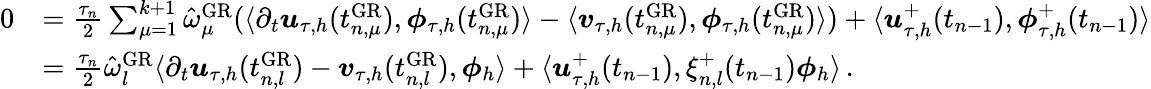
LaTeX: \begin{array}{rl}{0}&{=\frac{\tau_{n}}{2}\sum_{\mu=1}^{k+1}\hat{\omega}_{\mu}^{\mathrm{GR}}(\langle\partial_{t}\boldsymbol u_{\tau,h}(t_{n,\mu}^{\mathrm{GR}}),\boldsymbol\phi_{\tau,h}(t_{n,\mu}^{\mathrm{GR}})\rangle-\langle\boldsymbol v_{\tau,h}(t_{n,\mu}^{\mathrm{GR}}),\boldsymbol\phi_{\tau,h}(t_{n,\mu}^{\mathrm{GR}})\rangle)+\langle\boldsymbol u_{\tau,h}^{+}(t_{n-1}),\boldsymbol\phi_{\tau,h}^{+}(t_{n-1})\rangle}\\ &{=\frac{\tau_{n}}{2}\hat{\omega}_{l}^{\mathrm{GR}}\langle\partial_{t}\boldsymbol u_{\tau,h}(t_{n,l}^{\mathrm{GR}})-\boldsymbol v_{\tau,h}(t_{n,l}^{\mathrm{GR}}),\boldsymbol\phi_{h}\rangle+\langle\boldsymbol u_{\tau,h}^{+}(t_{n-1}),\xi_{n,l}^{+}(t_{n-1})\boldsymbol\phi_{h}\rangle\, .}\end{array}